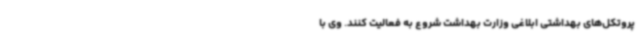
پروتکل‌های بهداشتی ابلاغی وزارت بهداشت شروع به فعالیت کنند. وی با